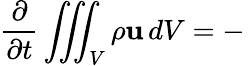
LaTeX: {\frac{\partial}{\partial t}}\iiint_{\scriptstyle V}\rho\mathbf{u}\, dV=-\, {}